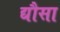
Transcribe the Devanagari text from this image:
द्यौसा